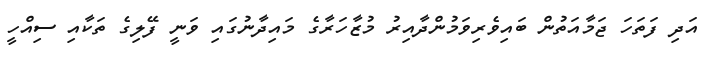
އަދި ފަތަހަ ޖަމާއަތުން ބައިވެރިވަމުންދާއިރު މުޒާހަރާގެ މައިދާނުގައި ވަނީ ފޭލިގެ ތަކާއި ސިއްހީ